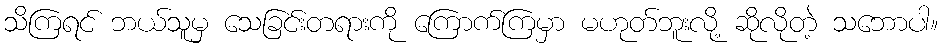
သိကြရင် ဘယ်သူမှ သေခြင်းတရားကို ကြောက်ကြမှာ မဟုတ်ဘူးလို့ ဆိုလိုတဲ့ သဘောပါ။